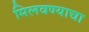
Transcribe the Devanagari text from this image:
मिलवण्याचा